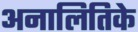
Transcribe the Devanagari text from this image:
अनालितिके